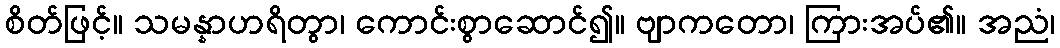
စိတ်ဖြင့်။ သမန္နာဟရိတွာ၊ ကောင်းစွာဆောင်၍။ ဗျာကတော၊ ကြားအပ်၏။ အညံ၊